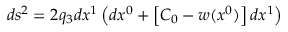
d s ^ { 2 } = 2 q _ { 3 } d x ^ { 1 } \left( d x ^ { 0 } + \left[ { \cal { C } } _ { 0 } - w ( x ^ { 0 } ) \right] d x ^ { 1 } \right)